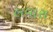
લવારા